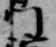
門